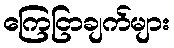
ကြေငြာချက်များ